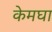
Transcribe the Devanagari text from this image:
केमघा